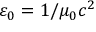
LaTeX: \varepsilon _ { 0 } = 1 / \mu _ { 0 } c ^ { 2 }